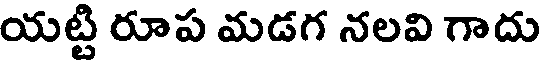
యట్టి రూప మడగ నలవి గాదు